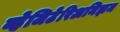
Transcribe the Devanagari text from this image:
व्हेजिटेरिअनिझम